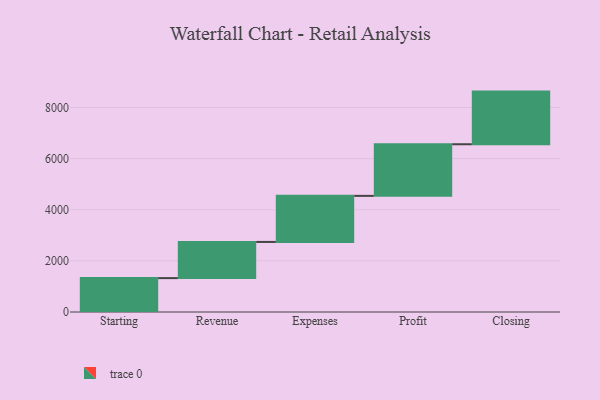
{"axis": {"x": "Step", "y": "Value"}, "legend": [""], "data": [{"x": "Starting", "y": 1325.0, "type": ""}, {"x": "Revenue", "y": 1415.0, "type": ""}, {"x": "Expenses", "y": 1802.0, "type": ""}, {"x": "Profit", "y": 2019.0, "type": ""}, {"x": "Closing", "y": 2059.0, "type": ""}]}